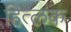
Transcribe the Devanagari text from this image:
हित्लक